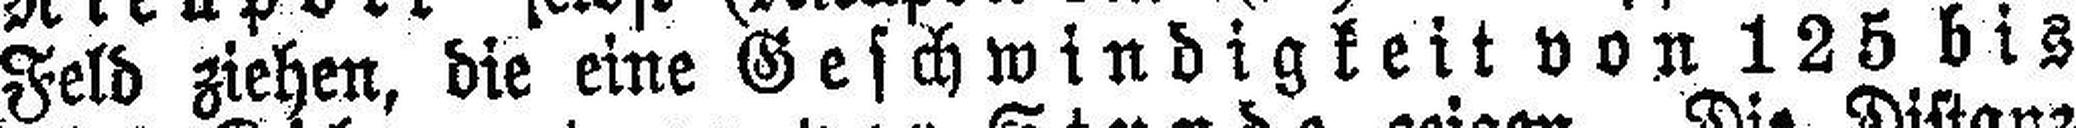
Feld ziehen, die eine Geschwindigkeit von 125 bis